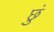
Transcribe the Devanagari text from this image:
छुं